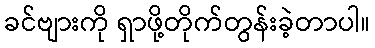
ခင်ဗျားကို ရှာဖို့တိုက်တွန်းခဲ့တာပါ။